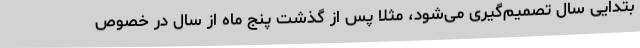
بتدایی سال تصمیم‌گیری می‌شود، مثلا پس از گذشت پنج ماه از سال در خصوص